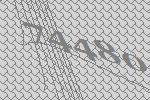
74480